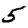
Digit: 5